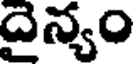
దైన్యం